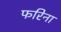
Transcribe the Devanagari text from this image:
फरिना